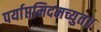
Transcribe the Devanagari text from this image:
पर्याप्तमिदमच्युत॥